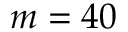
m = 4 0